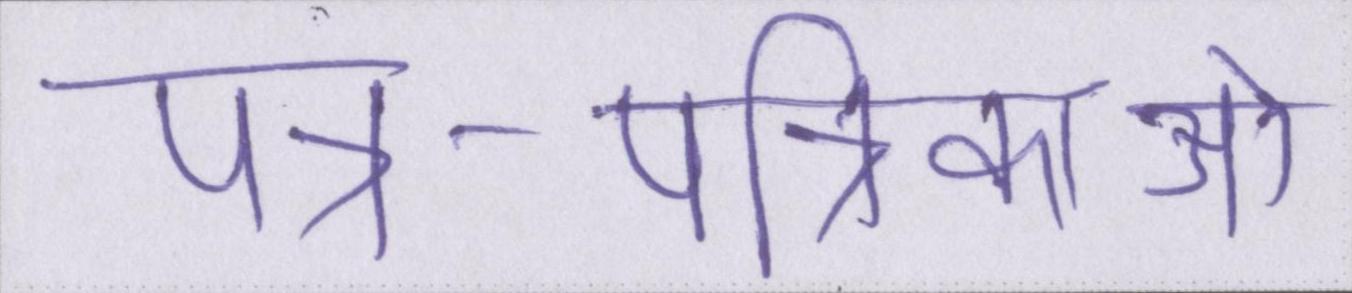
पत्र-पत्रिकाओं